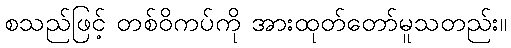
စသည်ဖြင့် တစ်ဝိကပ်ကို အားထုတ်တော်မူသတည်း။